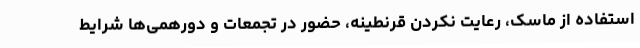
استفاده از ماسک، رعایت نکردن قرنطینه، حضور در تجمعات و دورهمی‌ها شرایط